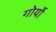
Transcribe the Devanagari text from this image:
गोर्यो